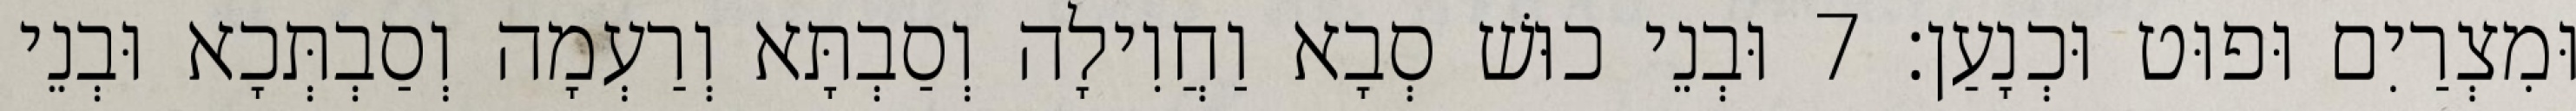
וּמִצְרַיִם וּפוּט וּכְנָעַן׃ 7 וּבְנֵי כוּשׁ סְבָא וַחֲוִילָה וְסַבְתָּא וְרַעְמָה וְסַבְתְּכָא וּבְנֵי